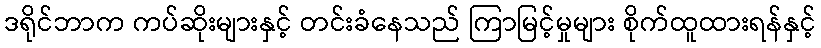
ဒရိုင်ဘာက ကပ်ဆိုးများနှင့် တင်းခံနေသည် ကြာမြင့်မှုများ စိုက်ထူထားရန်နှင့်